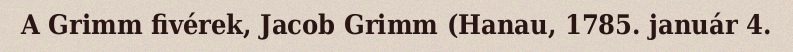
A Grimm fivérek, Jacob Grimm (Hanau, 1785. január 4.